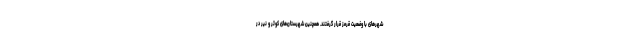
شهرهای با وضعیت قرمز قرار گرفتند. همچنین شهرستان‌های کوثر و نیر در